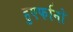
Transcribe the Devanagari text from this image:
हुएर्फानो